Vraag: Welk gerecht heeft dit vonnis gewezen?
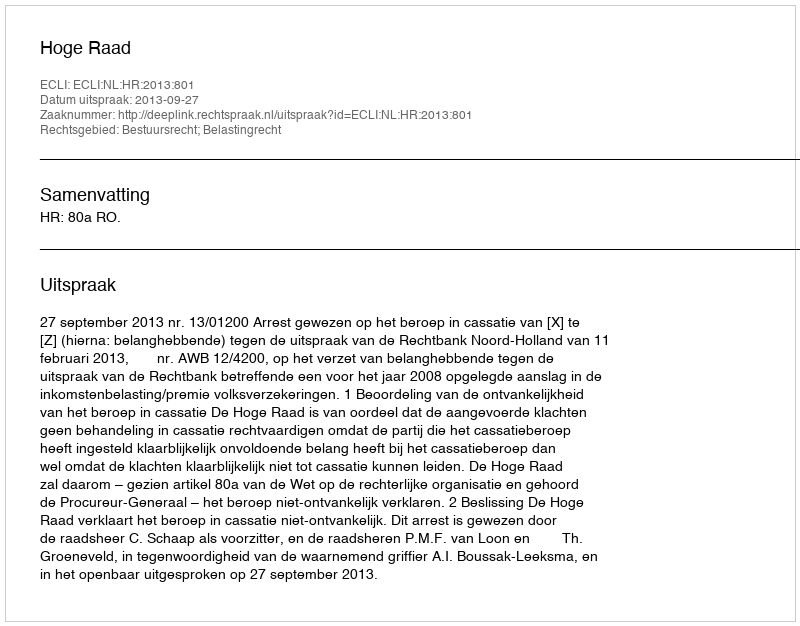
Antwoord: Hoge Raad